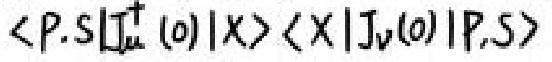
$\langle P.S|\mathrm{J}_{\mu}^{+}(0)|X\rangle\langle X|\mathrm{J}_{\nu}(0)|P.S\rangle$